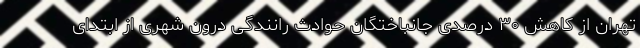
تهران از کاهش ۳۰ درصدی جانباختگان حوادث رانندگی درون شهری از ابتدای